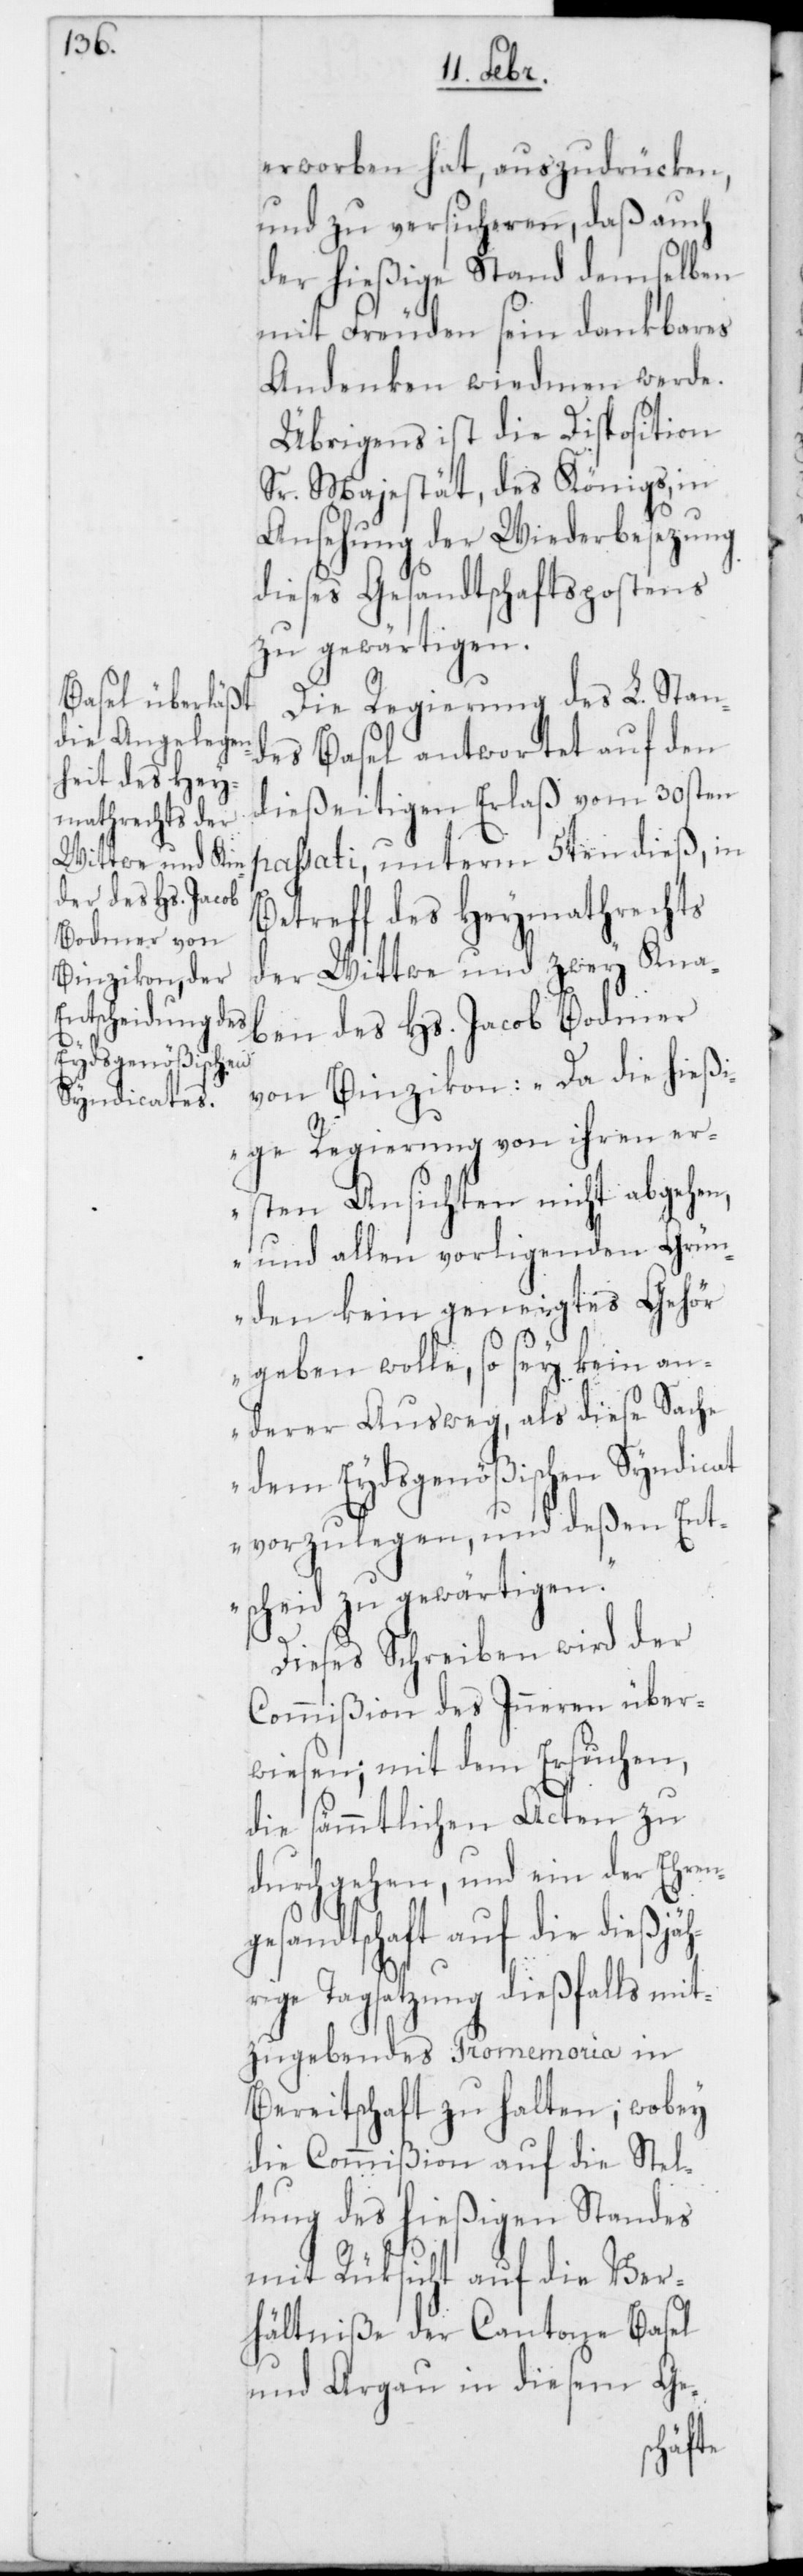
erworben hat, auszudrücken,
und zu versicheren, daß auch
der hießige Stand demselben
mit Freuden sein dankbares
Andenken wiedmen werde.
Übrigens ist die Disposition
Sr. Majestät, des Königs, in
Ansehung der Wiederbesezung
dieses Gesandtschaftspostens
zu gewärtigen.
Die Regierung des L. Stan¬
des Basel antwortet auf den
dießeitigen Erlaß vom 30sten
passati, unterm 5ten dieß, in
Betreff des Heymathrechts
der Wittwe und zwey Kna¬
ben des Hs. Jacob Bodmer
g¬
von Binzikon: „Da die hießi¬
ge Regierung von ihren er¬
sten Ansichten nicht abgehen,
und allen vorligenden Grün¬
den kein geneigtes Gehör
geben wolle, so sey kein an¬
derer Ausweg, als diese Sache
dem Eydsgenößischen Syndicat
vorzulegen, und deßen Ent¬
scheid zu gewärtigen.“
Dieses Schreiben wird der
Commißion des Inneren über¬
wiesen; mit dem Ersuchen,
die sämmtlichen Acten zu
durchgehen, und ein der Ehren¬
esandtschaft auf die dießjä¬
hrige Tagsatzung dießfalls mit¬
zugebendes Promemoria in
Bereitschaft zu halten; wobey
die Commißion auf die Stel¬
lung des hießigen Standes
mit Rüksicht auf die Ver¬
hältniße der Cantone Basel
und Argau in diesem Ge-